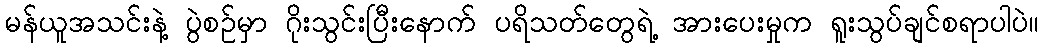
မန်ယူအသင်းနဲ့ ပွဲစဉ်မှာ ဂိုးသွင်းပြီးနောက် ပရိသတ်တွေရဲ့ အားပေးမှုက ရူးသွပ်ချင်စရာပါပဲ။